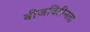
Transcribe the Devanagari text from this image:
बीजविहीनता